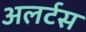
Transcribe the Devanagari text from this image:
अलर्टस